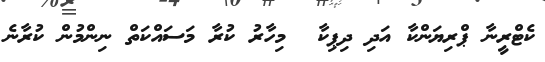
ކެޓްރީނާ ޕްރިޔަންކާ އަދި ދިޕިކާ  މިހާރު ކުރާ މަސައްކަތް ނިންމުން ކުރާނެ